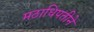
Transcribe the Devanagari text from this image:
मठाधिपतीने